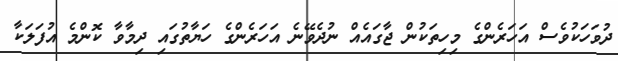
ދުވަހަކުވެސް އަހަރެންގެ މިހިތަކުން ޖާގައެއް ނުދެވޭނެ އަހަރެންގެ ހަޔާތުގައި ދިމާވާ ކޮންމެ އުފަލަކާ